Scottish Leaving Certificate Examination, 1960
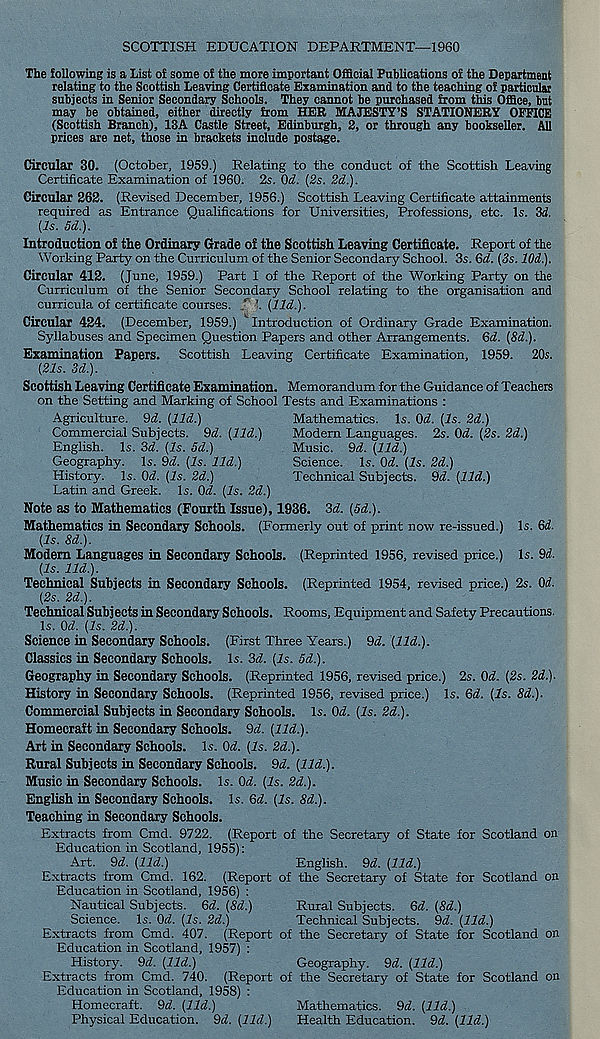
SCOTTISH EDUCATION DEPARTMENT—1960
The following is a List o£ some of the more important Official Publications of the Department
relating to the Scottish Leaving Certificate Examination and to the teaching of particular
subjects in Senior Secondary Schools. They cannot be purchased from this Office, but
may be obtained, either directly from HER MAJESTY’S STATIONERY OFFICE
(Scottish Branch), 13A Castle Street, Edinburgh, 2, or through any bookseller. All
prices are net, those in brackets include postage.
Circular 30. (October, 1959.) Relating to the conduct of the Scottish Leaving
Certificate Examination of 1960. 2s. Od. (2s. 2d.).
Circular 262. (Revised December, 1956.) Scottish Leaving Certificate attainments
required as Entrance Qualifications for Universities, Professions, etc. Is. 3d.
(Is. Sd.).
Introduction of the Ordinary Grade of the Scottish Leaving Certificate. Report of the
Working Party on the Curriculum of the Senior Secondary School. 3s. 6d. (3s. 10d.).
Circular 412. (June, 1959.) Part I of the Report of the Working Party on the
Curriculum of the Senior Secondary School relating to the organisation and
curricula of certificate courses. A l (lid.).
Circular 424. (December, 1959.) ’ Introduction of Ordinary Grade Examination.
Syllabuses and Specimen Question Papers and other Arrangements. Qd. (8d.).
Examination Papers. Scottish Leaving Certificate Examination, 1959. 20s.
(21s. 3d.).
Scottish Leaving Certificate Examination. Memorandum for the Guidance of Teachers
on the Setting and Marking of School Tests and Examinations :
Mathematics. Is. Qd. (Is. 2d.)
Modern Languages. 2s. Od. (2s. 2d.)
Music. 9d. (lid.)
Science. Is. Od. (Is. 2d.)
Technical Subjects. 9d. (lid.)
Agriculture. 9d. (lid.)
Commercial Subjects. 9d. (lid.)
English. Is. 3d. (Is. 5d.)
Geography. Is. 9d. (Is. lid.)
History. Is. Od. (Is. 2d.)
Latin and Greek. Is. Od. (Is. 2d.)
Note as to Mathematics (Fourth Issue), 1936. 3d. (5d.).
Mathematics in Secondary Schools. (Formerly out of print now re-issued.) Is. ad-
ds. 8d.).
Modem Languages in Secondary Schools. (Reprinted 1956, revised price.) Is. ad-
ds. lid.).
Technical Subjects in Secondary Schools. (Reprinted 1954, revised price.) 2s. Od.
(2s. 2d.).
Technical Subjects in Secondary Schools. Rooms, Equipment and Safety Precautions.
Is. Od. (Is. 2d.).
Science in Secondary Schools. (First Three Years.) 9d. did.).
Classics in Secondary Schools. Is. 3d. (Is. Sd.).
Geography in Secondary Schools. (Reprinted 1956, revised price.) 2s. Od. (2s. 2d.).
History in Secondary Schools. (Reprinted 1956, revised price.) Is. 6d. (Is. 8d.).
Commercial Subjects in Secondary Schools. Is. Od. (Is. 2d.).
Homecraft in Secondary Schools. 9d. (lid.).
Art in Secondary Schools. Is. Od. (Is. 2d.).
Rural Subjects in Secondary Schools. 9d. (lid.).
Music in Secondary Schools. Is. Od. (Is. 2d.).
English in Secondary Schools. Is. 6d. (Is. 8d.).
Teaching in Secondary Schools.
Extracts from Cmd. 9722. (Report of the Secretary of State for Scotland on
Education in Scotland, 1955):
Art. 9d. (lid.)
English. 9d. (lid.)
Extracts from Cmd. 162. (Report of the Secretary of State for Scotland on
Education in Scotland, 1956) :
Nautical Subjects. 6d. (8d.)
Rural Subjects. 6d. (8d.)
Science. Is. Od. (Is. 2d.)
Technical Subjects. 9d. (lid.)
Extracts from Cmd. 407. (Report of the Secretary of State for Scotland on
Education in Scotland, 1957) :
History. 9d. (lid.)
Geography. 9d. (lid.)
Extracts from Cmd. 740. (Report of the Secretary of State for Scotland on
Education in Scotland, 1958) :
Homecraft. 9d. (lid.)
Mathematics. 9d. (lid.)
Physical Education. 9d. (lid.)
Health Education. 9d. (lid.)